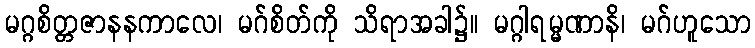
မဂ္ဂစိတ္တဇာနနကာလေ၊ မဂ်စိတ်ကို သိရာအခါ၌။ မဂ္ဂါရမ္မဏာနိ၊ မဂ်ဟူသော